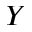
Y